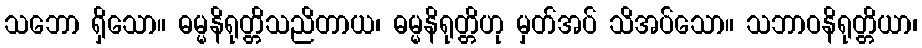
သဘော ရှိသော။ ဓမ္မနိရုတ္တိသညိတာယ၊ ဓမ္မနိရုတ္တိဟု မှတ်အပ် သိအပ်သော။ သဘာဝနိရုတ္တိယာ၊